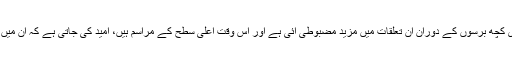
انہوں نے کہا کہ آخری کچھ برسوں کے دوران ان تعلقات میں مزید مضبوطی آئی ہے اور اس وقت اعلٰی سطح کے مراسم ہیں، امید کی جاتی ہے کہ ان میں مزید گہرائی آئے گی۔